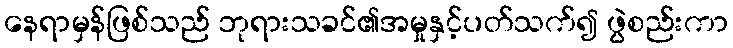
နေရာမှန်ဖြစ်သည် ဘုရားသခင်၏အမှုနှင့်ပတ်သက်၍ ဖွဲစည်းကာ